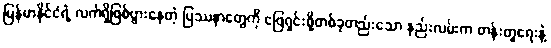
မြန်မာနိုင်ငံရဲ့ လက်ရှိဖြစ်ပွားနေတဲ့ ပြဿနာတွေကို ဖြေရှင်းဖို့တစ်ခုတည်းသော နည်းလမ်းက တန်းတူရေးနဲ့